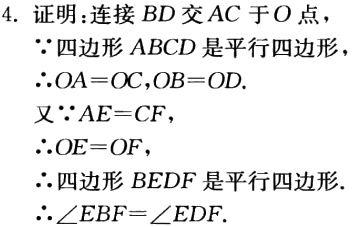
4. 证明：连接 \(BD\) 交 \(AC\) 于 \(O\) 点，
\(\because\) 四边形 \(ABCD\) 是平行四边形
\(\therefore OA = OC,OB = OD.\)
又\(\because AE = CF\)，
\(\therefore OE = OF\)，
\(\therefore\) 四边形 \(BEDF\) 是平行四边形.
\(\therefore\angle EBF=\angle EDF.\)